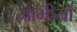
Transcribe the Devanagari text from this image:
भाभीयों